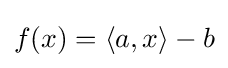
f(x)=\left\langle a,x\right\rangle -b